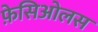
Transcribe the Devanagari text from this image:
फ़ेसिओलस